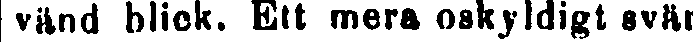
vänd blick. Ett mera oskyldigt svär